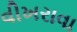
વીખરાવા